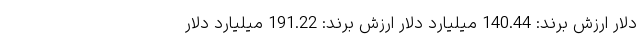
دلار ارزش برند: 140.44 میلیارد دلار ارزش برند: 191.22 میلیارد دلار